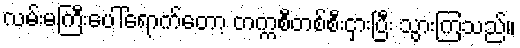
လမ်းမကြီးပေါ်ရောက်တော့ တက္ကစီတစ်စီးငှားပြီး သွားကြသည်။